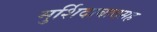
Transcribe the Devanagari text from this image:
मुर्शिदाबादसह